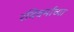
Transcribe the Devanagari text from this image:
रविवर्माच्या